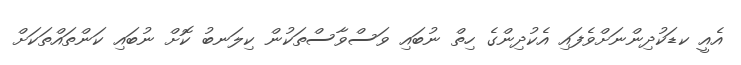
އެއީ ކޑަކުދިންނަށްވެފައި އެކުދިންގެ ހިތް ނުބައި ވަސްވާސްތަކުން ކިލަނބު ކޮށް ނުބައި ކަންތައްތަކަށް